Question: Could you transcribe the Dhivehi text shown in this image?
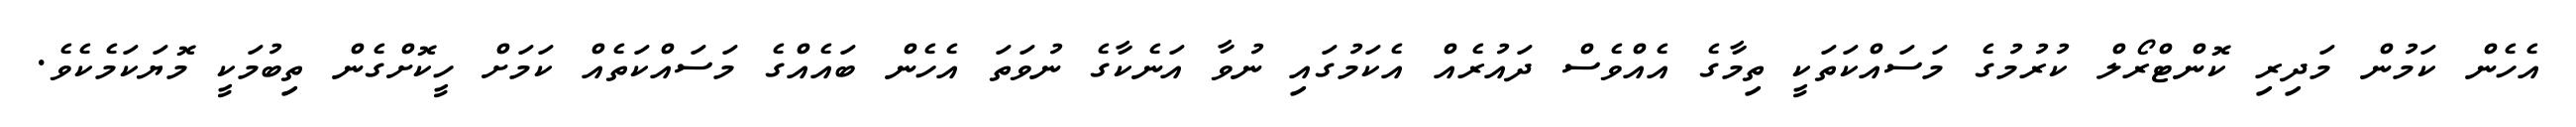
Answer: އެހެން ކަމުން މަދިރި ކޮންޓްރޯލް ކުރުމުގެ މަސައްކަތަކީ ތިމާގެ އެއްވެސް ދައުރެއް އެކަމުގައި ނުވާ އަނެކާގެ ނުވަތަ އެހެން ބައެއްގެ މަސައްކަތެއް ކަމަށް ހީކޮށްގެން ތިބުމަކީ މޮޔަކަމެކެވެ.